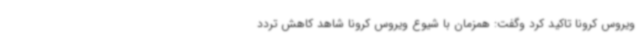
ویروس کرونا تاکید کرد وگفت: همزمان با شیوع ویروس کرونا شاهد کاهش تردد